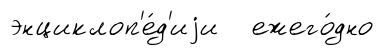
энциклоп'е́д'иjи ежего́дно